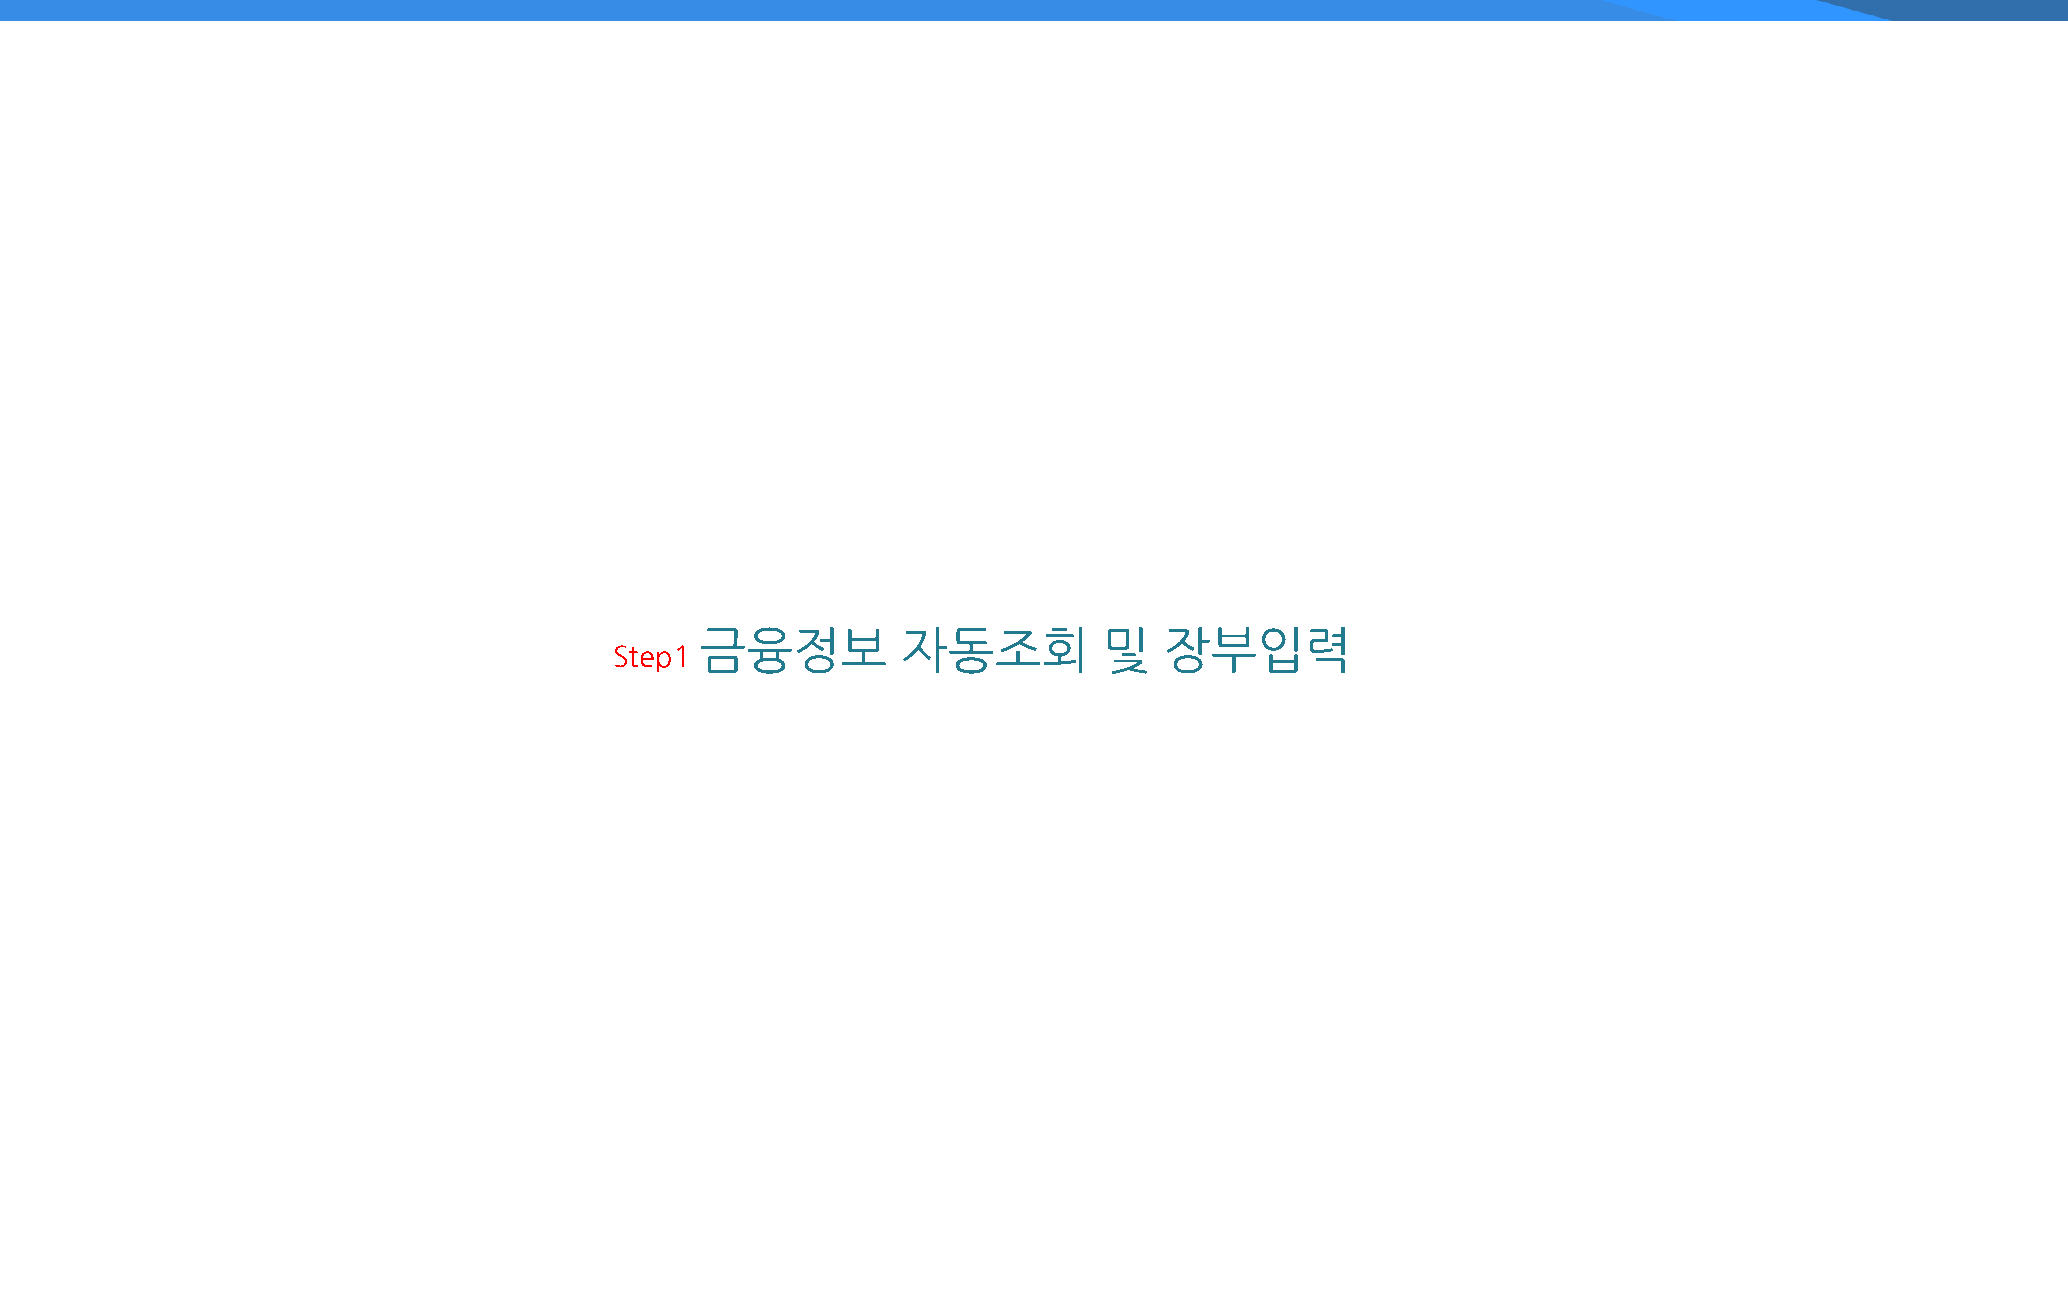
금융정보          자동조회         및   장부입력
 Step1